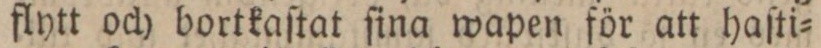
flytt och bortkaſtat ſina wapen för att haſti=